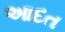
આદત